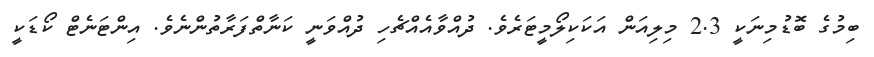
ބިމުގެ ބޮޑުމިނަކީ 2.3 މިލިއަން އަކަކިލޯމީޓަރެވެ. ދުއްވާއެއްޗެހި ދުއްވަނީ ކަނާތްފަރާތުންނެވެ. އިންޓަނެޓް ކޯޑަކީ